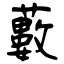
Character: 藪